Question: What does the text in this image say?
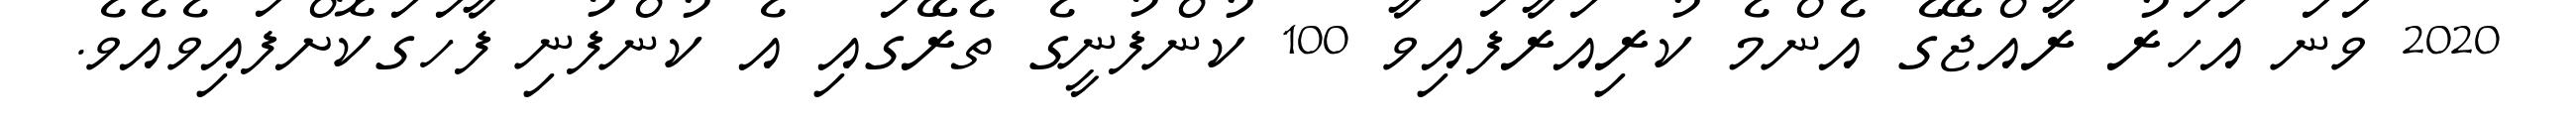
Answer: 2020 ވަނަ އަހަރު ރާއްޖޭގެ އެންމެ ކުރިއަރާފައިވާ 100 ކުންފުނީގެ ތެރޭގައި އެ ކުންފުނި ފާހަގަކޮށްފައިވެއެވެ.